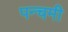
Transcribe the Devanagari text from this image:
पन्चमी